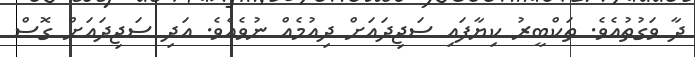
ދާ ވަގުތުއެވެ. ތަކްބީރު ކިޔާފައި ސަޖިދައަށް ދިއުމެއް ނުވެއެވެ. އަދި ސަޖިދައަށް ގޮސް